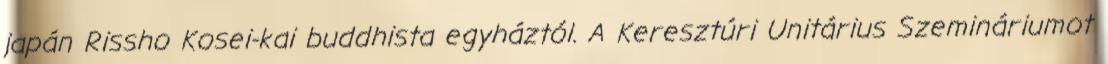
japán Rissho Kosei-kai buddhista egyháztól. A Keresztúri Unitárius Szemináriumot